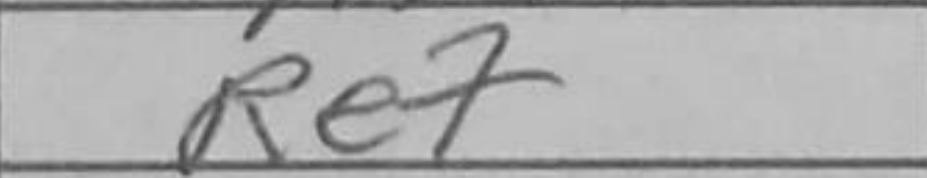
Transcription: Re7